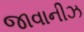
જાવાનીઝ